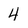
Character: 4